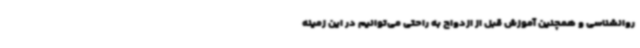
روانشناسی و همچنین آموزش قبل از ازدواج به راحتی می‌توانیم در این زمینه